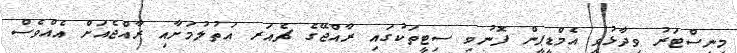
މިނިސްޓަރު ވިދާޅުވީ އެމްޑީޕީން ފޮނުވި ސިޓީތަކުގައި ރާއްޖޭގެ ޗެއަރ އަތުލުމަށާއި ރާއްޖެއަށް އެއްވެސް